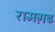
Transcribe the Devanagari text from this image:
रामग़ढ